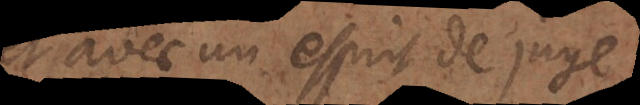
et avec un esprit de juge